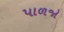
પાળજો